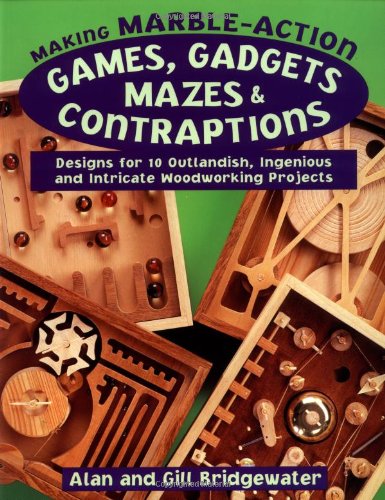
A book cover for Making Marble-Action Games, Gadgets, Mazes & Contraptions: Designs for 10 Outlandish, Ingenious and Intricate Woodworking Projects; Alan Bridgewater; Crafts, Hobbies & Home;